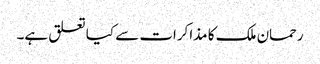
رحمان ملک کا مذاکرات سے کیا تعلق ہے۔